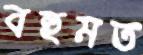
বহুমত